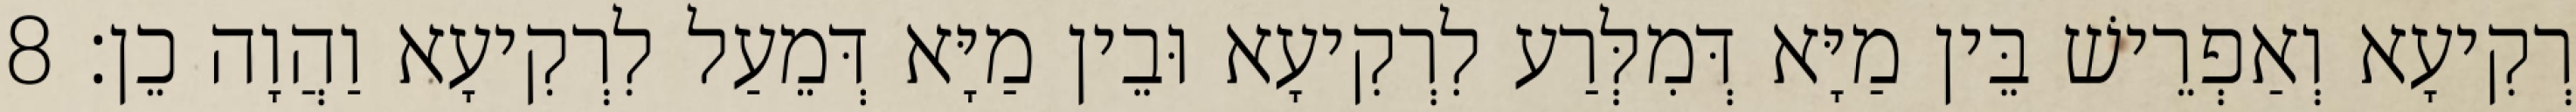
רְקִיעָא וְאַפְרֵישׁ בֵּין מַיָּא דְּמִלְּרַע לִרְקִיעָא וּבֵין מַיָּא דְּמֵעַל לִרְקִיעָא וַהֲוָה כֵן׃ 8